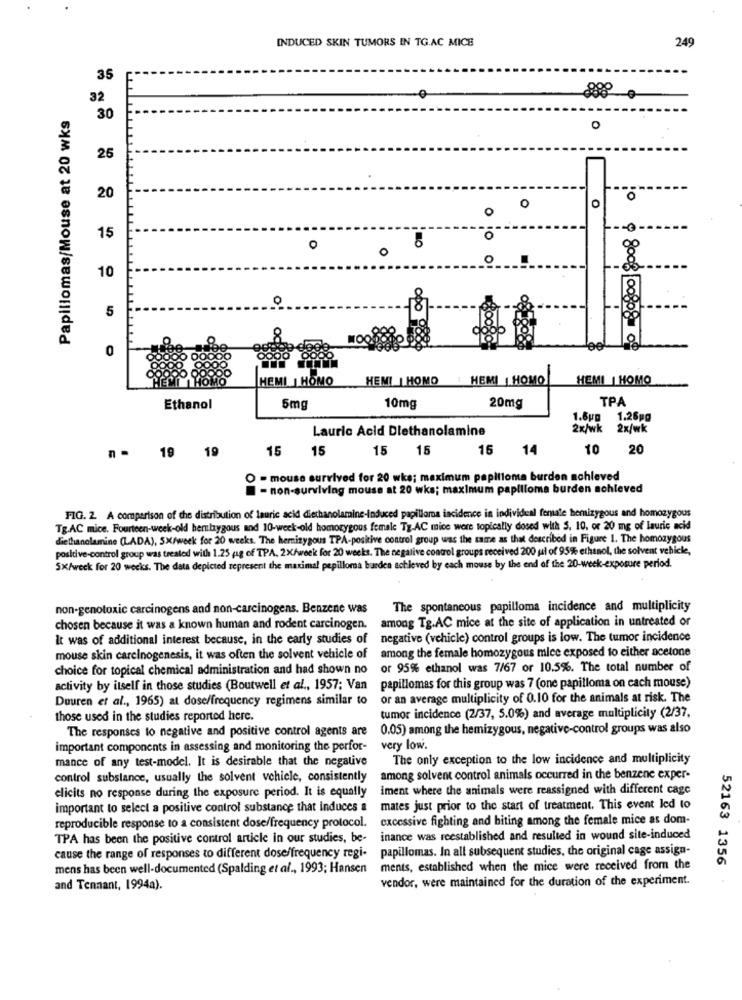
INDUCED SKIN TUMORS IN TG.AC MICE
249
35
32
-0
Papillomas/Mouse at 20 wks
30
O
25
20
o
O
0
0
15
o
O
o
o
10
5
000
HEMI | HOMO
HEMI | HOMO HEMI HOMO
HEMI | HOMO
20mg
TPA
Ethanol
5mg
10mg
1.8up 1.26pg
Lauric Acid Dlethanolamine
2x/wk
2x/wk
19
15
15
15
15
16
14
10
20
n .
19
O - mouse survived for 20 wke; maximum papilloma burden sohleved
- non-surviving mouse at 20 wks; maximum papilloma burden sohleved
FIG. 2. A comparison of the distribution of lauric acid diethanolamine-induced papilloma incidence in individual female hemizygous and homozygous
Tg.AC mice. Fourteen-week-old hemlaygous and 10-week-old homozygous female Tg.AC mice were topically dosed with S. 10, or 20 mg of lauric acid
diethanolamine (LADA), SX/week for 20 weeks. The hernizygous TPA-positive control group was the same as that described in Figure 1. The homozygous
positive-control group was treated with 1.25 g of TPA, 2X/week for 20 weeks. The negative control groups received 200 jal of 95% ethanol, the solvent vehicle,
5X/week for 20 weeks. The data depicted represent the maximal pepilloma burden achieved by each mouse by the end of the 20-week-exposure period.
non-genotoxic carcinogens and non-carcinogens. Benzene was
The spontaneous papilloma incidence and multiplicity
chosen because it was a known human and rodent carcinogen. among Tg.AC mice at the site of application in untreated or
It was of additional interest because, in the early studies of
negative (vehicle) control groups is low. The tumor incidence
among the female homozygous mice exposed to either acetone
mouse skin carcinogenesis, it was often the solvent vehicle of
choice for topical chemical administration and had shown no
or 95% ethanol was 7/67 or 10.5%. The total number of
activity by itself in those studies (Boutwell et al ., 1957: Van
papillomas for this group was 7 (one papilloma on each mouse)
Duuren et al ., 1965) at dose/frequency regimens similar to
or an average multiplicity of 0.10 for the animals at risk. The
those used in the studies reported here.
tumor incidence (2/37, 5.0%) and average multiplicity (2/37.
The responses to negative and positive control agents are
0.05) among the hemizygous, negative-control groups was also
important components in assessing and monitoring the perfor-
very low.
mance of any test-model. It is desirable that the negative
The only exception to the low incidence and multiplicity
control substance, usually the solvent vehicle, consistently
among solvent control animals occurred in the benzene exper-
elicits no response during the exposure period. It is equally
iment where the animals were reassigned with different cage
important to select a positive control substance that induces a
mates just prior to the start of treatment. This event led to
reproducible response to a consistent dose/frequency protocol.
excessive fighting and biting among the female mice as dom-
TPA has been the positive control article in our studies, be- inance was reestablished and resulted in wound site-induced
cause the range of responses to different dose/frequency regi- papillomas. In all subsequent studies, the original cage assign-
52163 1356
mens has been well-documented (Spalding et al ., 1993; Hansen ments, established when the mice were received from the
vendor, were maintained for the duration of the experiment.
and Tennant, 1994a).